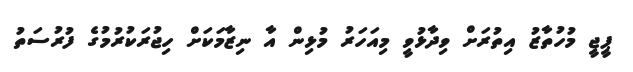
ޕީޖީ މުހުތާޒު އިތުރަށް ވިދާޅުވީ މިއަހަރު މުޅިން އާ ނިޒާމަކަށް ހިޖުރަކުރުމުގެ ފުުރުސަތު